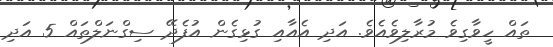
ތައް ހީވާގިވެ މުރާލިވެއެވެ. އަދި އެއާއި ގުޅިގެން އުފެދޭ ސިގްނަލްތައް 5 އަދި